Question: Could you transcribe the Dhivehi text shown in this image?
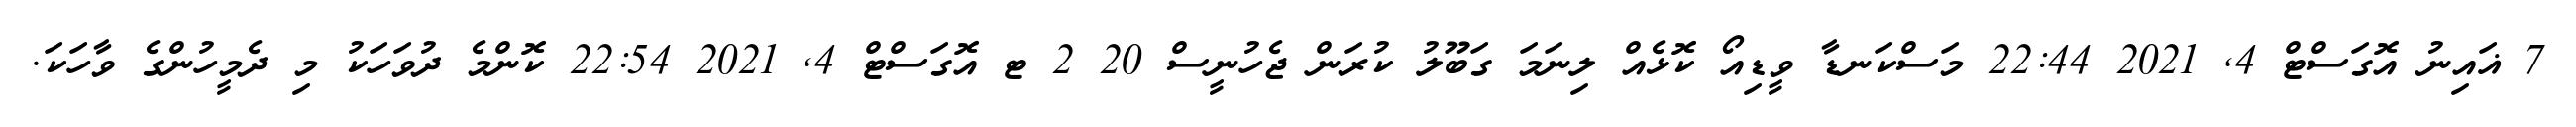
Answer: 7 ޣައިނު އޮގަސްޓް 4, 2021 22:44 މަސްކަނޑާ ވީޑިއޯ ކޮޅެއް ލިނަމަ ގަބޫލު ކުރަން ޖެހުނީސް 20 2 ޓ އޮގަސްޓް 4, 2021 22:54 ކޮންމެ ދުވަހަކު މި ދެމީހުންގެ ވާހަކަ.